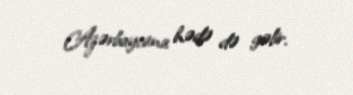
Azərbaycana hədə də gəlir.